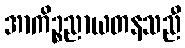
အာကိဉ္စညာယတနသညီ